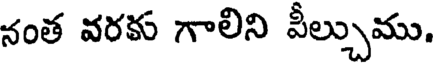
నంత వరకు గాలిని వీల్చుము,